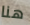
هنا